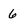
Character: 6